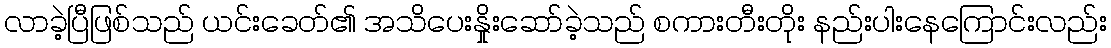
လာခဲ့ပြီဖြစ်သည် ယင်းခေတ်၏ အသိပေးနှိုးဆော်ခဲ့သည် စကားတီးတိုး နည်းပါးနေကြောင်းလည်း